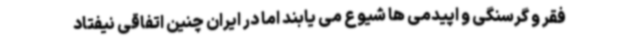
فقر و گرسنگی و اپیدمی ها شیوع می یابند اما در ایران چنین اتفاقی نیفتاد